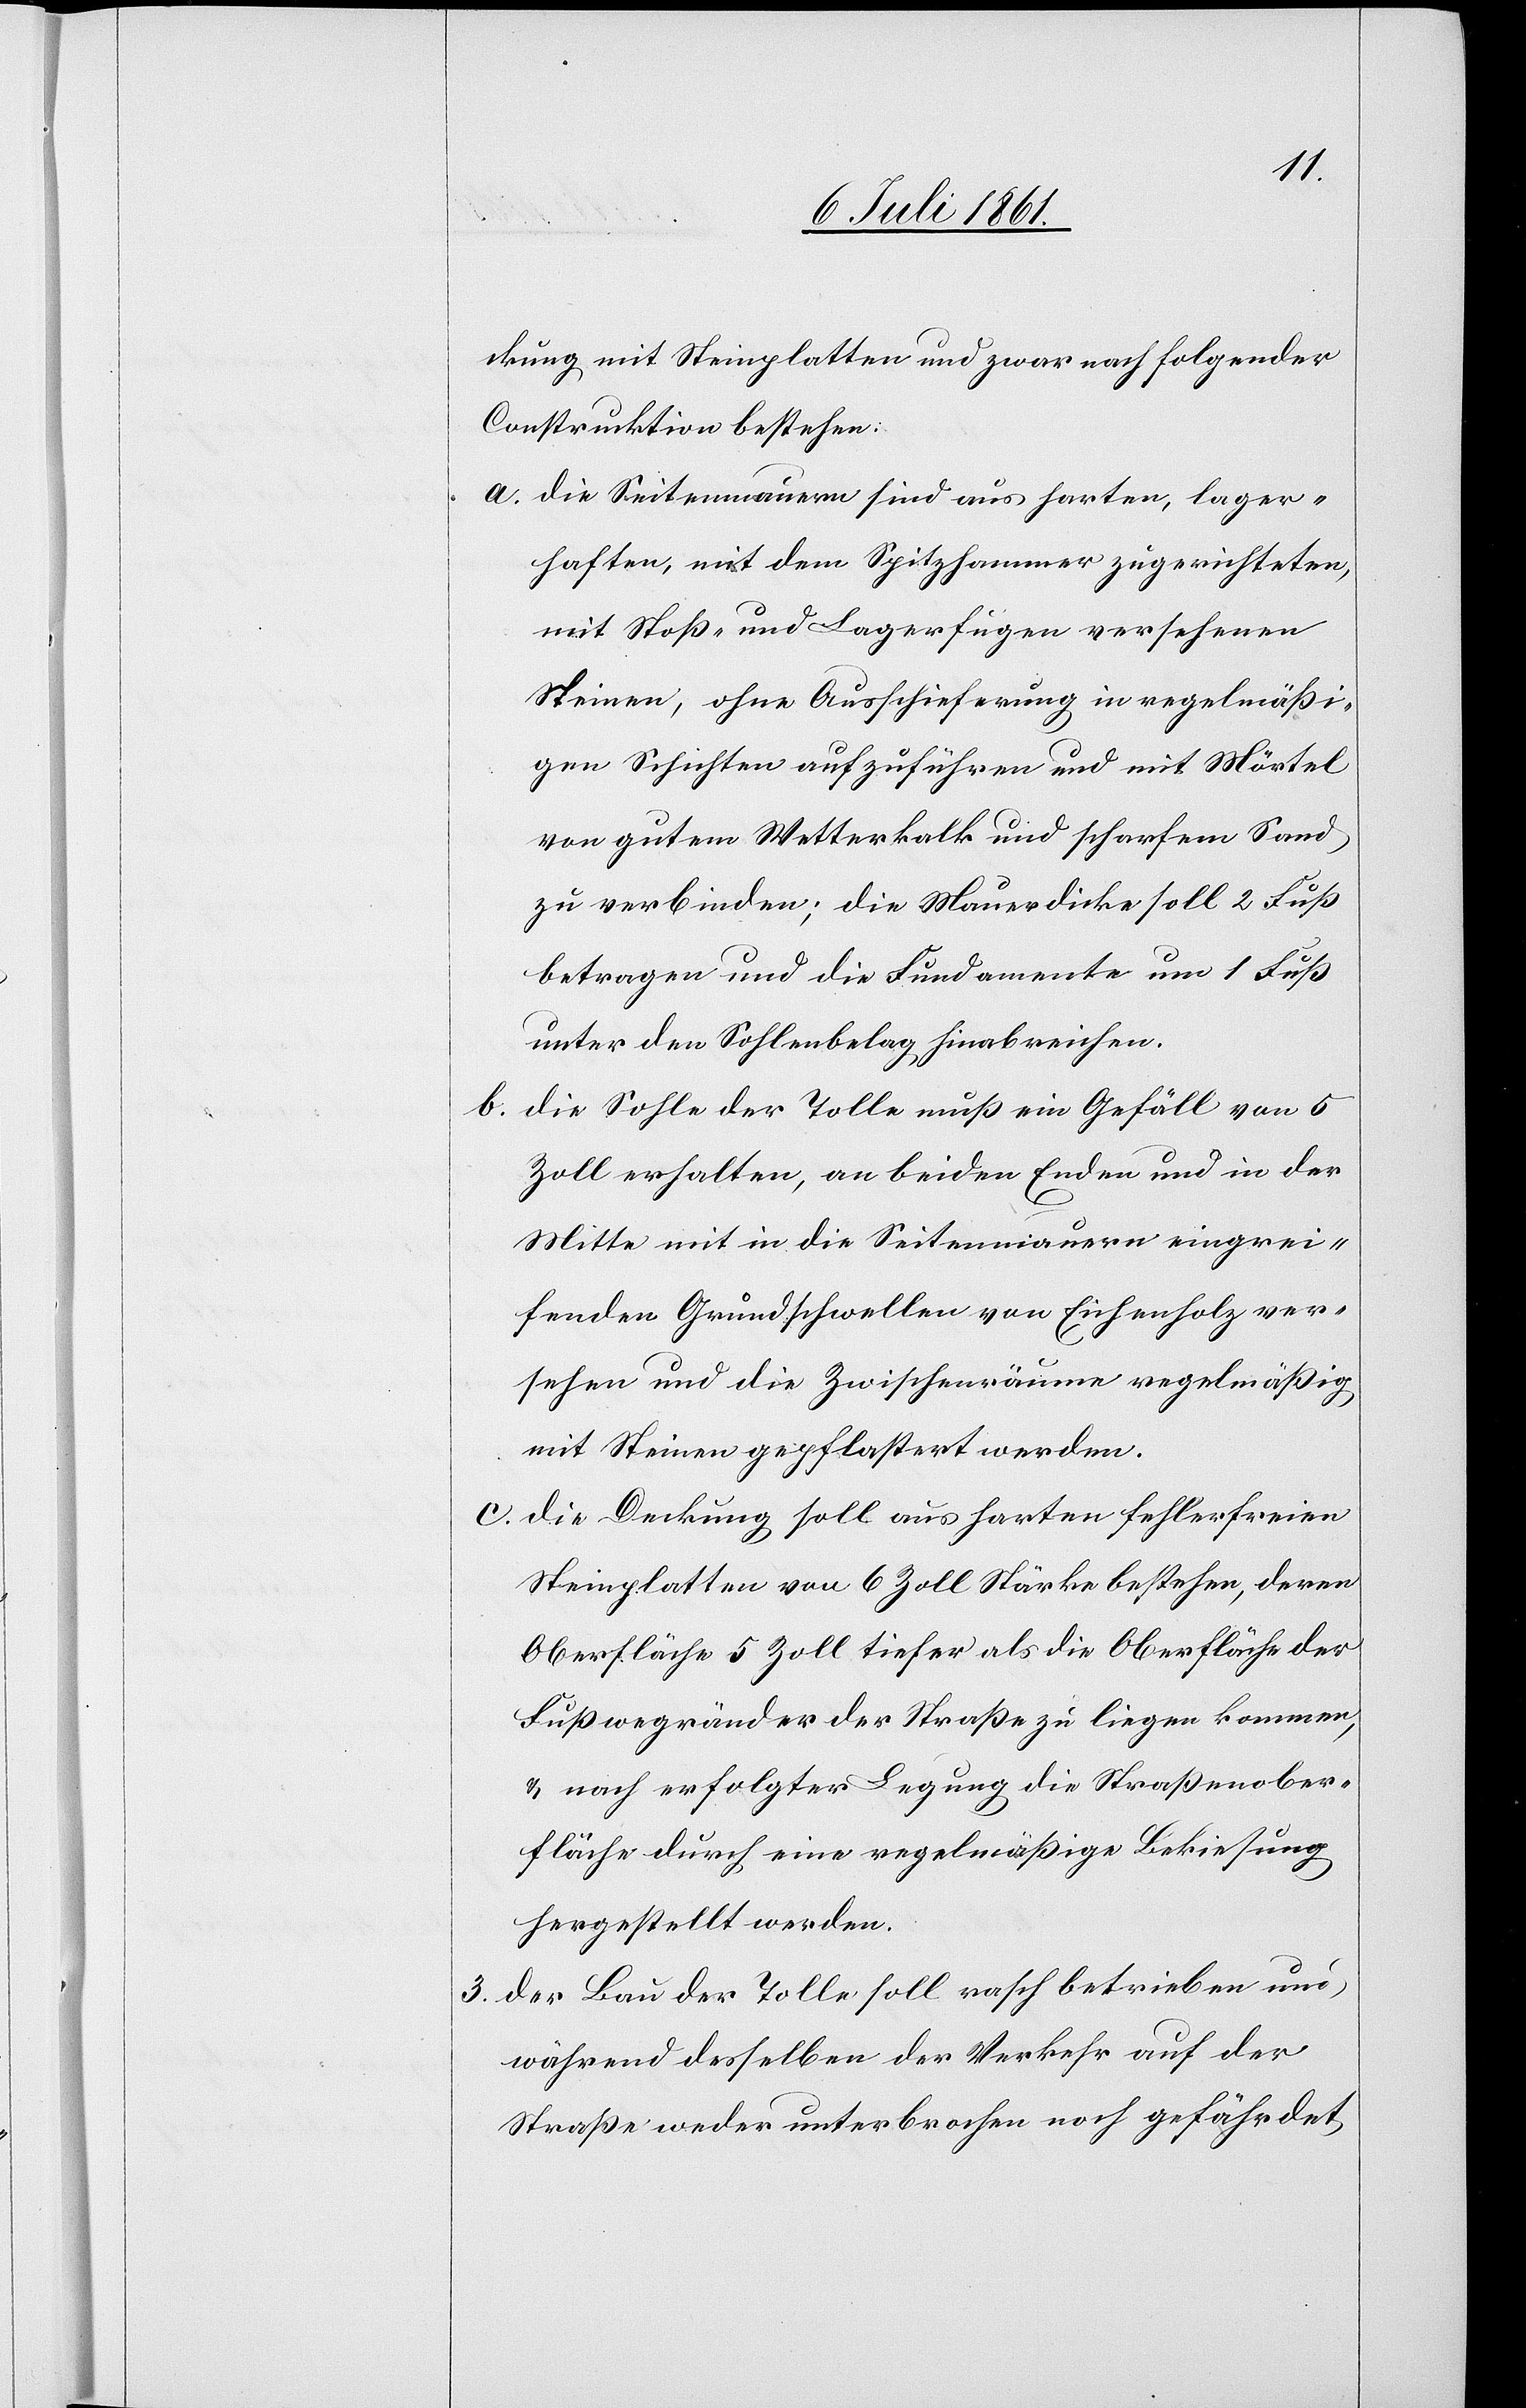
b.

ckung mit Steinplatten und zwar nach folgender
Construktion bestehen:
a. die Seitenmauern sind aus harten, lager¬
haften, mit dem Spitzhammer zugerichteten,
mit Stoß- u. und Lagerfugen versehenen
Steinen, ohne Ausschieferung in regelmäßi¬
gen Schichten aufzuführen und mit Mörtel
von gutem Wetterkalk und scharfem Sand
zu verbinden; die Mauerdicke soll 2 Fuß
betragen und die Fundamente um 1 Fuß
unter den Sohlenbelag hinabreichen.
die Sohle der Tolle muß ein Gefäll von 5
Zoll erhalten, an beiden Enden und in der
Mitte mit in die Seitenmauern eingrei¬
fenden Grundschwellen von Eichenholz ver¬
sehen und die Zwischenräume regelmäßig
mit Steinen gepflastert werden.
die Deckung soll aus harten fehlerfreien
Steinplatten von 6 Zoll Stärke bestehen, deren
Oberfläche 5 Zoll tiefer als die Oberfläche der
Fußwegränder der Straße zu liegen kommen,
u. nach erfolgter Legung die Straßenober¬
fläche durch eine regelmäßige Bekiesung
hergestellt werden.
3. der Bau der Tolle soll rasch betrieben und
während desselben der Verkehr auf der
Straße weder unterbrochen noch gefährdet